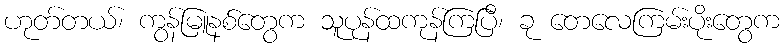
ဟုတ်တယ်၊ ကွန်မြူနစ်တွေက သူပုန်ထကုန်ကြပြီ၊ ခု တေလေကြမ်းပိုးတွေက